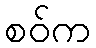
စဝ်က